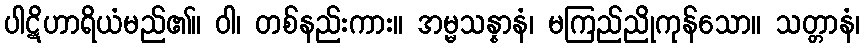
ပါဋိဟာရိယံမည်၏။ ဝါ၊ တစ်နည်းကား။ အမ္မသန္နာနံ၊ မကြည်ညိုကုန်သော။ သတ္တာနံ၊